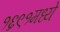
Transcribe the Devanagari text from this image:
१६९१मध्ये